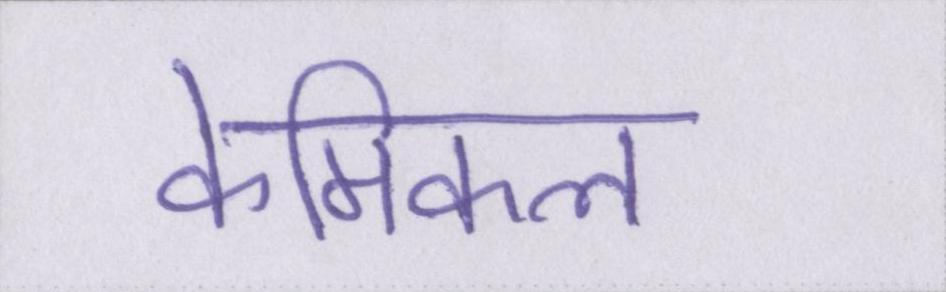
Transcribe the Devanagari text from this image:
केमिकल